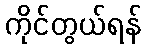
ကိုင်တွယ်ရန်